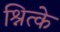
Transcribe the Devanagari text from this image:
श्नित्के